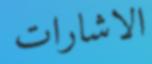
الاشارات